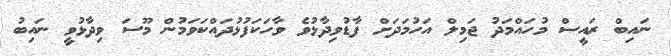
ނައިބް ރައީސް މުހައްމަދު ޖަމިލް އަހުމަދަށް ފާޑުވިދާޅުވެ ވާހަކަފުޅުދައްކަވަމުން މޫސަ ވިދާޅުވީ ނައިބު